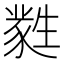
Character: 㽔